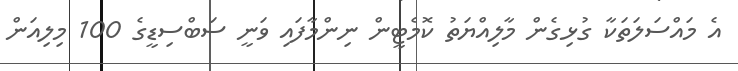
އެ މައްސަލަތަކާ ގުޅިގެން މާލިއްޔަތު ކޮމެޓީން ނިންމާފައި ވަނީ ސަބްސިޑީގެ 100 މިލިއަން